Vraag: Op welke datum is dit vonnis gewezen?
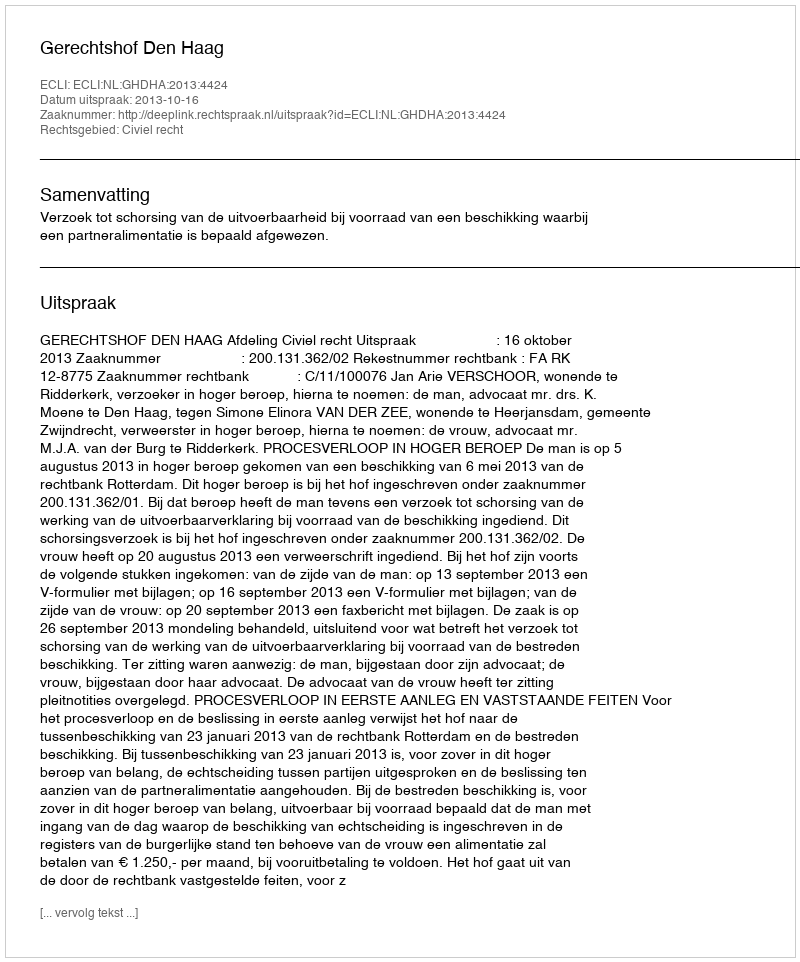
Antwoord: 2013-10-16